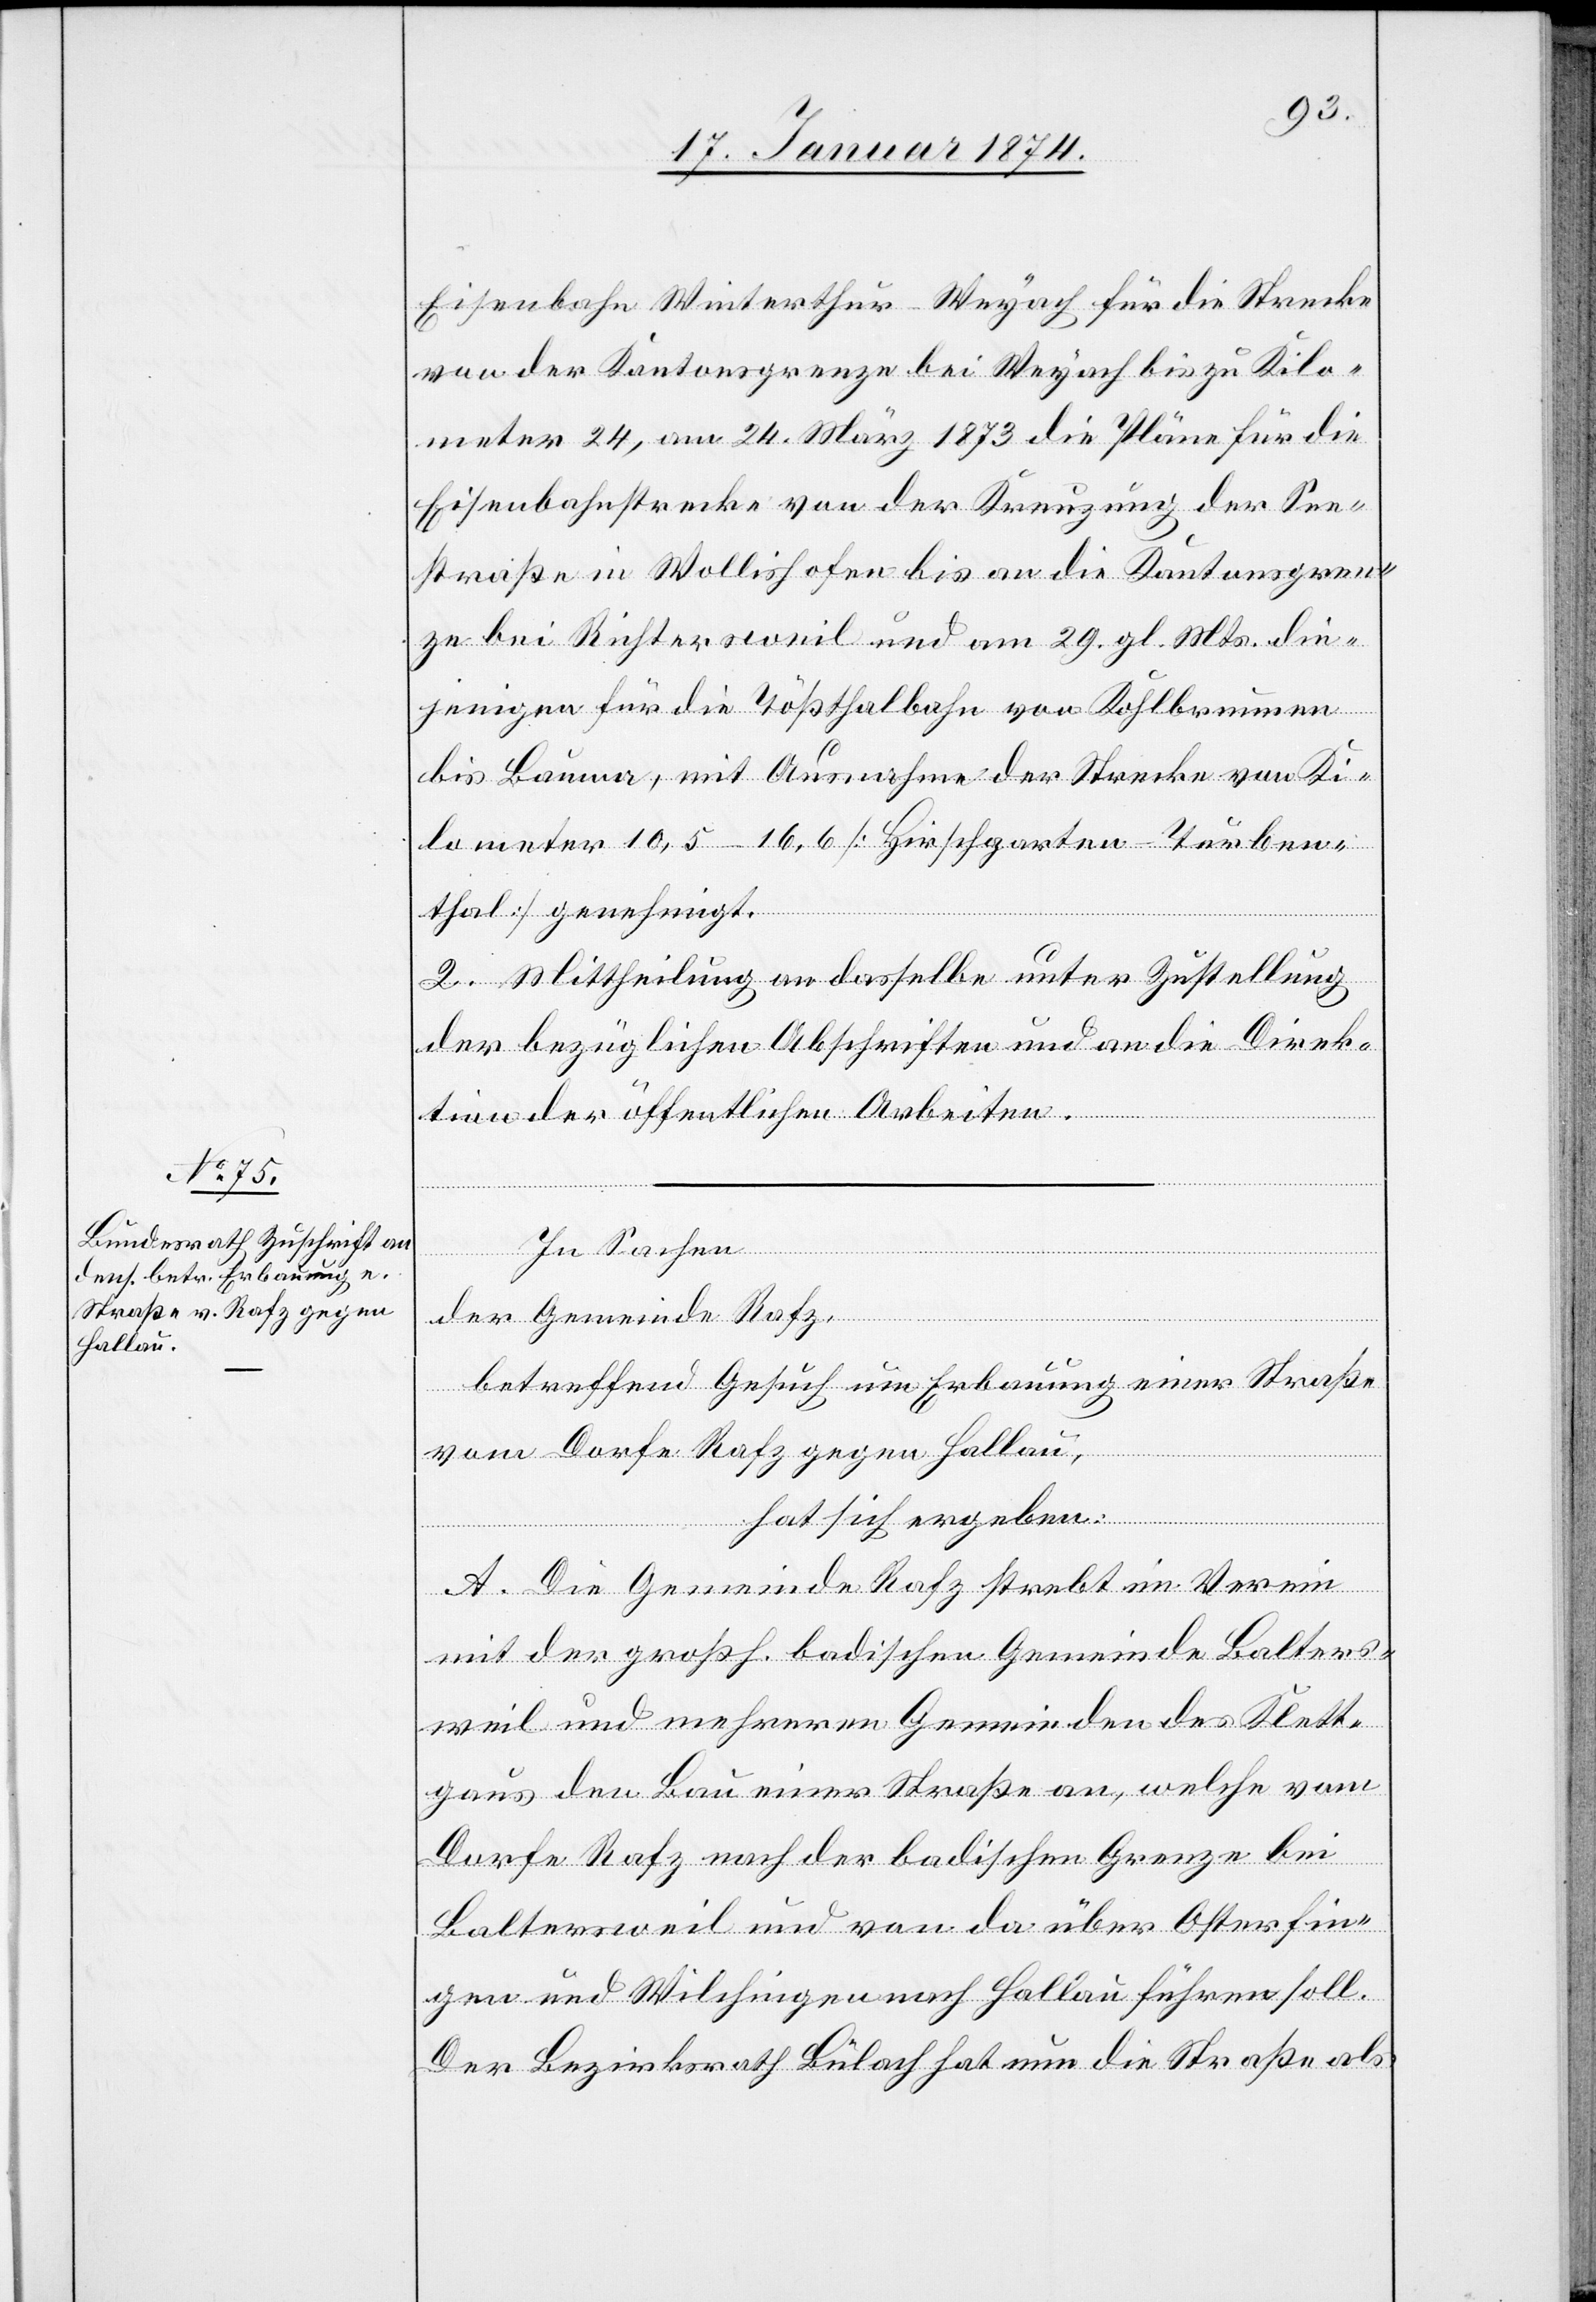
Eisenbahn Winterthur-Weyach für die Strecke
von der Kantonsgrenze bei Weyach bis zu Kilo¬
meter 24, am 24. März 1873 die Pläne für die
Eisenbahnstrecke von der Kreuzung der See¬
straße in Wollishofen bis an die Kantonsgren¬
ze bei Richtersweil und am 29. gl. Mts. die¬
jenige für die Tößthalbahn von Kohlbrunnen
bis Bauma, mit Ausnahme der Strecke von Ki¬
lometer 10,5–16,6 [Hirschgarten – Turben¬
thal] genehmigt.
2. Mittheilung an dasselbe unter Zustellung
der bezüglichen Abschriften und an die Direk¬
tion der öffentlichen Arbeiten.
In Sachen
der Gemeinde Rafz,
betreffend Gesuch um Erbauung einer Straße
vom Dorfe Rafz gegen Hallau,
hat sich ergeben:
A. Die Gemeinde Rafz strebt im Verein
mit der großh. badischen Gemeinde Balters¬
weil und mehreren Gemeinden des Klett¬
gaus den Bau einer Straße an, welche vom
Dorfe Rafz nach der badischen Grenze bei
Baltersweil und von da über Osterfin¬
gen und Wilchingen nach Hallau führen soll.
Der Bezirksrath Bülach hat nun die Straße als